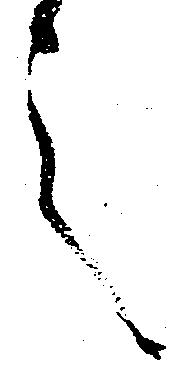
言